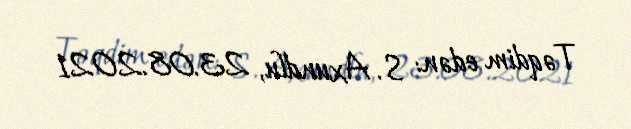
Təqdim edən: S. Axundlu, 23.08.2021